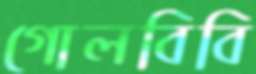
গোলবিবি